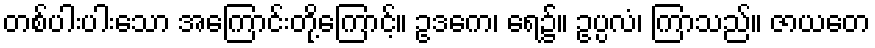
တစ်ပါးပါးသော အကြောင်းတို့ကြောင့်။ ဥဒကေ၊ ရေ၌။ ဥပ္ပလံ၊ ကြာသည်။ ဇာယတေ